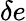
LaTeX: \delta e